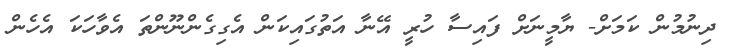
ދިނުމުން ކަމަށް- ޔާމީނަށް ފައިސާ ހުރީ އޭނާ އަތުގައިކަން އެގިގެންނޫންތަ އެވާހަކަ އެހެން